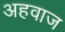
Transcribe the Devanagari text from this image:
अहवाज